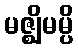
မဇ္ဈိမမ္ပိ